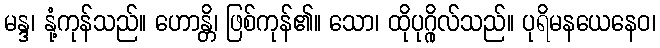
မန္ဒ၊ နုံ့ကုန်သည်။ ဟောန္တိ၊ ဖြစ်ကုန်၏။ သော၊ ထိုပုဂ္ဂိုလ်သည်။ ပုရိမနယေနေဝ၊